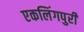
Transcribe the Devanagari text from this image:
एकलिंगपुरी